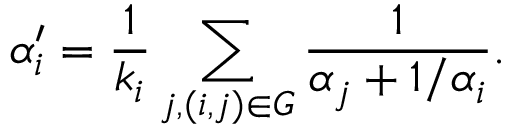
\alpha _ { i } ^ { \prime } = \frac { 1 } { k _ { i } } \sum _ { j , ( i , j ) \in G } \frac { 1 } { \alpha _ { j } + 1 / \alpha _ { i } } .